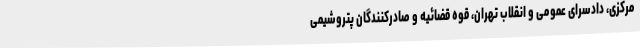
مرکزی، دادسرای عمومی و انقلاب تهران، قوه قضائیه و صادرکنندگان پتروشیمی